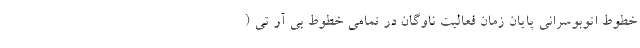
خطوط اتوبوسرانی پایان زمان فعالیت ناوگان در تمامی خطوط بی آر تی (